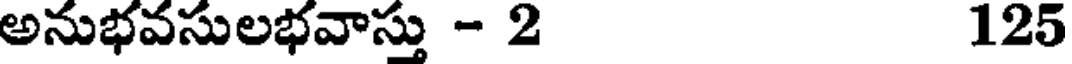
అనుభవసులభవాస్తు - 2 125